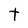
Character: t